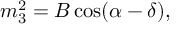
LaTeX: m _ { 3 } ^ { 2 } = B \cos ( \alpha - \delta ) ,